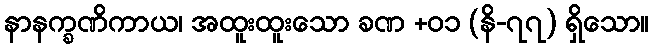
နာနက္ခဏိကာယ၊ အထူးထူးသော ခဏ +၀၁ (နိ-၇၇) ရှိသော။